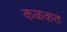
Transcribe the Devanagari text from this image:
कळकत